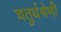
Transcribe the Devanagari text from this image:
चतुर्थश्रेणी